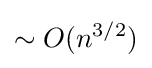
\sim O(n^{3/2})